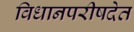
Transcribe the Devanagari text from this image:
विधानपरीषदेत